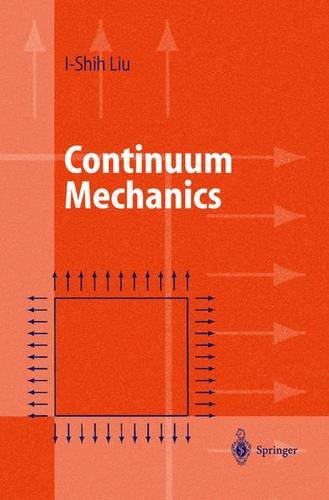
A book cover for Continuum Mechanics; I-Shih Liu; Science & Math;